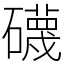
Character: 礣